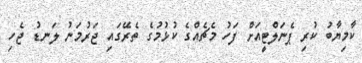
ކާމިޔާބު ކުރި ޕެނަލްޓީއަށް ފަހު މެޗެއްގެ ކުޅުމުގެ ތެރޭގައި ޖަރުމަނު ލަނޑު ޖެހި